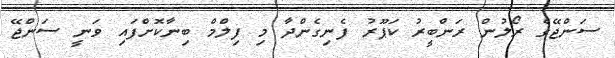
ސަންޖޭގެ ރޯލުން ރަންބީރު ކަޕޫރު ފެނިގެންދާ މި ފިލްމް ބިނާކޮށްފައި ވަނީ ސަންޖޭ